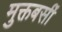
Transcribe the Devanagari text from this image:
मुक्तबर्सी